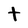
Character: t